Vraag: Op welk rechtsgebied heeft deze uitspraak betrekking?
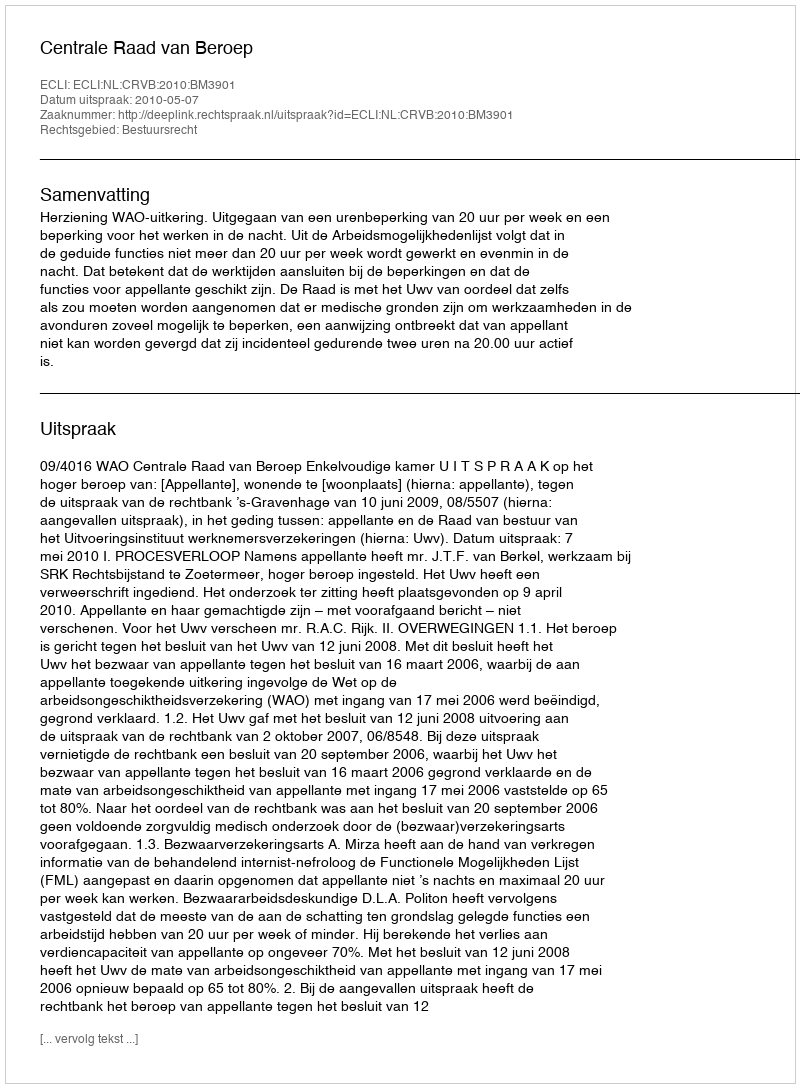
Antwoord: Bestuursrecht